Report on the bubonic plague in Bombay, 1896-1897
Year: 1896
Disease focus: Plague
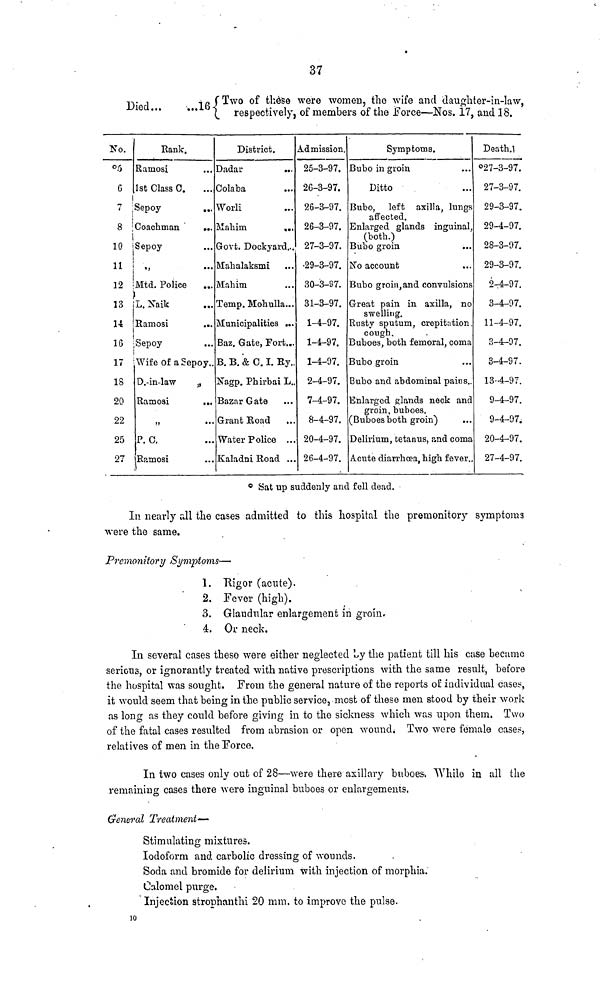
37
Died...
...16 Two of these were women, the wife and daughter-in-law,
respectively, of members of the Force—Nos. 17, and 18.
No.
5
6
7
8
10
11
11
13
14
16
17
18
20
22
25
27
Bank.
Ramosi ...
1st Class C. ...
Sepoy ...
Coachman
...
Sepoy ...
" ...
Mtd. Police ...
L. Naik ...
Ramosi ...
Sepoy
Wife of a Sepoy.
D.-in-law
"
Ramosi
...
" ...
P. C.
Ramosi ...
District.
Dadar
...
Colaba ...
Worli ...
Mahim
...
Govt. Dockyard...
Mahalaksmi ...
Mahim ...
Temp. Mohulla...
Municipalities ...
Baz. Gate, Fort...
B. B. & C. I. Ry.,
Nagp. Phirbai L..
Bazar Gate
Grant Road
Water Police ...
Kaladni Road ...
Admission.
25-3-97.
26-3-97.
26-3-97.
26-3-97.
27-3-97.
29-3-97.
30-3-97.
31-3-97.
1-4-97.
1-4-97.
1-4-97.
2-4-97.
7-4-97.
8-4-97.
20-4-97.
26-4-97.
Symptoms.
Bubo in groin ...
Ditto ...
Bubo, left axilla, lungs
affected.
Enlarged glands inguinal,
(both.)
Bubo groin ...
No account ...
Bubo groin, and convulsions
Great pain in axilla, no
swelling.
Rusty sputum, crepitation.
cough.
Buboes, both femoral, coma
Bubo groin
Bubo and abdominal pains..
Enlarged glands neck and
groin, buboes.
(Buboes both groin)
Delirium, tetanus, and coma
Acute diarrhoea, high fever..
Death.
27-3-97.
27-3-97.
29-3-97.
29-4-97.
28-3-97.
29-3-97.
2-4-97.
3-4-97.
11-4-97.
3-4-97.
3-4-97.
13-4-97.
9-4-97.
9-4-97.
20-4-97.
27-4-97.°
Sat up suddenly and fell dead.
In nearly all the cases admitted to this hospital the premonitory symptoms
were the same.
Premonitory Symptoms—
1. Rigor (acute).
2. Fever (high).
3. Glandular enlargement in groin.
4. Or neck.
In several cases these were either neglected by the patient till his case became
serions, or ignorantly treated with native prescriptions with the same result, before
the hospital was sought. From the general nature of the reports of individual cases,
it would seem that being in the public service, most of these men stood by their work
as long as they could before giving in to the sickness which was upon them. Two
of the fatal cases resulted from abrasion or open wound. Two were female cases,
relatives of men in the Force.
In two cases only out of 28—were there axillary baboes. While in all the
remaining cases there were inguinal buboes or enlargements.
General Treatment—
Stimulating mixtures.
Iodoform and carbolic dressing of wounds.
Soda and bromide for delirium with injection of morphia.
Calomel purge.
Injection strophanthi 20 mm. to improve the pulse.
10